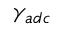
\gamma _ { a d c }